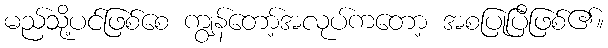
မည်သို့ပင်ဖြစ်စေ ကျွန်တော့်အလုပ်ကတော့ အစပြုပြီဖြစ်၏။